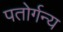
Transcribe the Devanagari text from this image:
पतोर्गन्य